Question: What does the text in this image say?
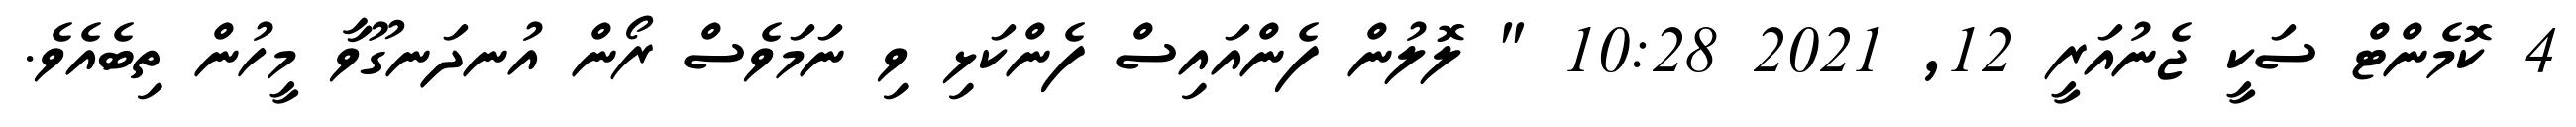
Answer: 4 ކޮމެންޓް ސަކީ ޖެނުއަރީ 12, 2021 10:28 " ލޮލުން ފެންއައިސް ފެންކަޅި ވި ނަމަވެސް ރޯން އުނދަނގޫވާ މީހުން ތިބެއެވެ.